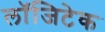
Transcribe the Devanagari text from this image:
लॉजिटेक